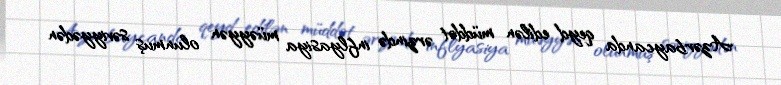
Azərbaycanda qeyd edilən müddət ərzində inflyasiya müəyyən olunmuş səviyyədən